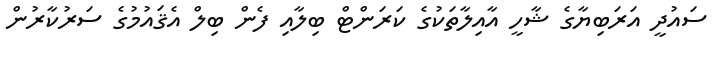
ސައުދީ އަރަބިޔާގެ ޝާހީ އާއިލާތަކުގެ ކަރަންޓް ބިލާއި ފެން ބިލް އެޤައުމުގެ ސަރުކާރުން